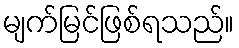
မျက်မြင်ဖြစ်ရသည်။